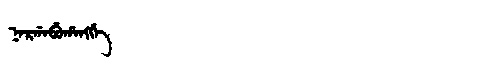
Manchu: ᠨᠠᡵᡤᠠᠪᡠᡥᠠᠩᡤᡝ
Romanization: NARGABUHANGGE